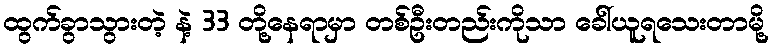
ထွက်ခွာသွားတဲ့ နဲ့ 33 တို့နေရာမှာ တစ်ဦးတည်းကိုသာ ခေါ်ယူရသေးတာမို့